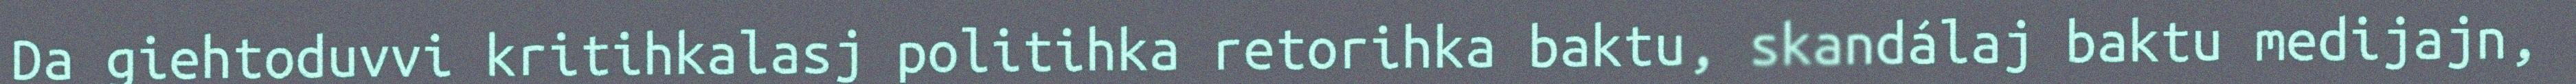
Da giehtoduvvi kritihkalasj politihka retorihka baktu, skandálaj baktu medijajn,